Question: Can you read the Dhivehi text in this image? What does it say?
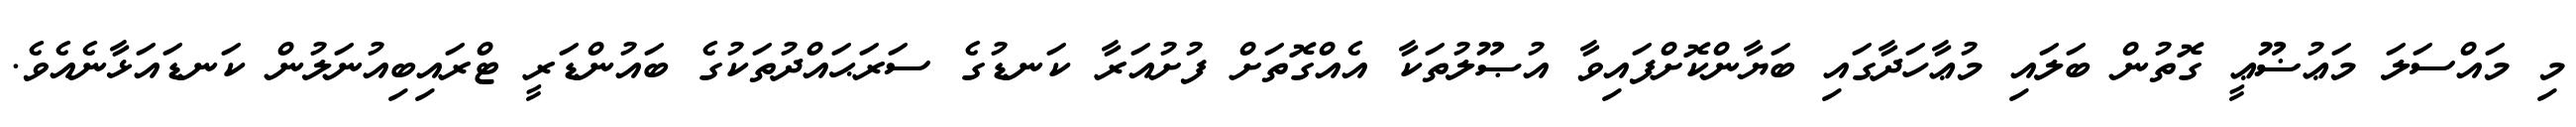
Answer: މި މައްސަލަ މަޢުޟޫޢީ ގޮތުން ބަލައި މުޢާހަދާގައި ބަޔާންކޮށްފައިވާ އުޞޫލުތަކާ އެއްގޮތަށް ފުށުއަރާ ކަނޑުގެ ސަރަޙައްދުތަކުގެ ބައުންޑަރީ ޓްރައިބިއުނަލުން ކަނޑައަޅާނެއެވެ.